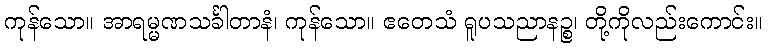
ကုန်သော။ အာရမ္မဏသင်္ခါတာနံ၊ ကုန်သော။ ဧတေသံ ရူပသညာနဉ္စ၊ တို့ကိုလည်းကောင်း။